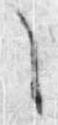
之